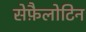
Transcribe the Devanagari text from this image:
सेफ़ैलोटिन